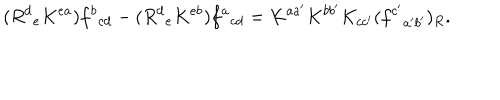
( R ^ { d } { } _ { e } K ^ { e a } ) f ^ { b } { } _ { c d } - ( R ^ { d } { } _ { e } K ^ { e b } ) f ^ { a } { } _ { c d } = K ^ { a a ^ { \prime } } K ^ { b b ^ { \prime } } K _ { c c ^ { \prime } } ( f ^ { c ^ { \prime } } { } _ { a ^ { \prime } b ^ { \prime } } ) _ { R } .